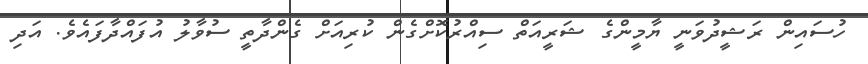
ހުސައިން ރަޝީދުވަނީ ޔާމީންގެ ޝަރީއަތް ސިއްރުކޮށްގެން ކުރިއަށް ގެންދާތީ ސުވާލު އުފައްދާފައެވެ. އަދި